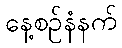
နေ့စဉ်နံနက်